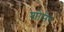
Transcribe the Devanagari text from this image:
शोमेर